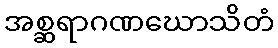
အစ္ဆရာဂဏဃောသိတံ